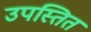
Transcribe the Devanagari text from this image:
उपस्तित